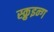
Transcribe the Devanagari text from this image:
स्क्रुइन्ग